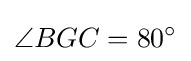
\angle {BGC}=80^{\circ }